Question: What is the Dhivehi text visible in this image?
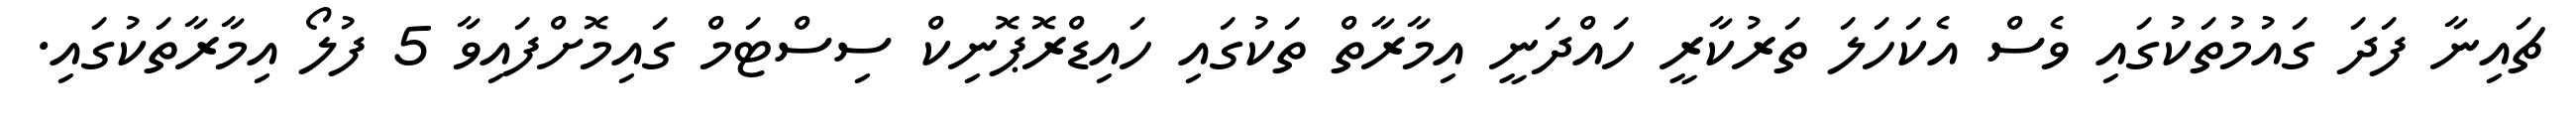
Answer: ޗައިނާ ފަދަ ގައުމުތަކުގައި ވެސް އެކަހަލަ ތަރުކާރީ ހައްދަނީ އިމާރާތް ތަކުގައި ހައިޑްރޮޕޮނިކް ސިސްޓަމް ގައިމޮށްފައިވާ 5 ފުލޯ އިމާރާތަކުގައި.